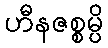
ဟီနဇစ္စမ္ပိ